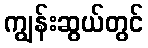
ကျွန်းဆွယ်တွင်